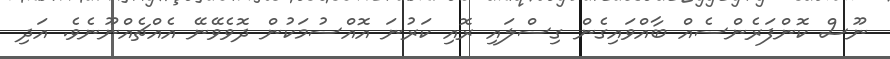
ނޫސް ކޮންފަރެންސެއް ބާއްވައިގެން ގިސްލައި ރޮއި ކަރުނަ އޮއްސުމަކުން ދޮވެވޭނޭ އެއްޗެއްނޫނެވެ. އަދި